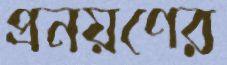
প্রনয়ণের